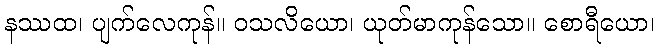
နဿထ၊ ပျက်လေကုန်။ ဝသလိယော၊ ယုတ်မာကုန်သော။ စောရီယော၊